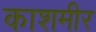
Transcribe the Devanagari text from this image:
काशमीर